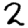
Digit: 2